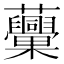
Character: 𧅾